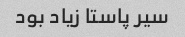
سیر پاستا زیاد بود